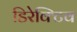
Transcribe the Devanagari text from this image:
डिरेक्टिव